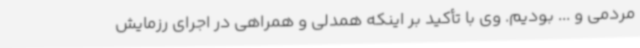
مردمی و ... بودیم. وی با تأکید بر اینکه همدلی و همراهی در اجرای رزمایش